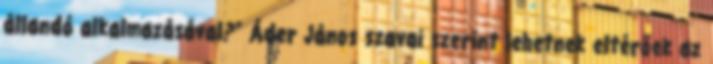
állandó alkalmazásával?” Áder János szavai szerint lehetnek eltérőek az